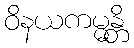
ဝိနယကမ္မန္တိ